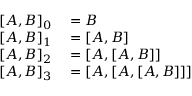
\begin{array} { r l } { \left[ A , B \right] _ { 0 } } & { { } = B } \\ { \left[ A , B \right] _ { 1 } } & { { } = [ A , B ] } \\ { \left[ A , B \right] _ { 2 } } & { { } = [ A , [ A , B ] ] } \\ { \left[ A , B \right] _ { 3 } } & { { } = [ A , [ A , [ A , B ] ] ] } \end{array}